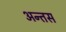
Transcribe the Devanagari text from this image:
अन्तस